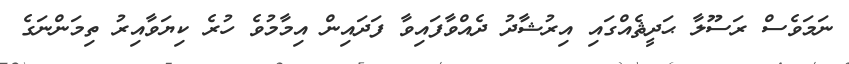
ނަމަވެސް ރަސޫލާ ޙަދީޘެއްގައި އިރުޝާދު ދެއްވާފައިވާ ފަދައިން އިމާމުވެ ހުރެ ކިޔަވާއިރު ތިމަންނަގެ